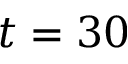
t = 3 0